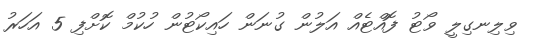
ވިލިނގިލީ ވޯޓު ފޮއްޓެއް އަލުން ގުނަން ހައިކޯޓުން ހުކުމް ކޮށްފި 5 އަހަރު